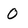
Character: O